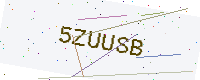
Text: 5ZUUSB